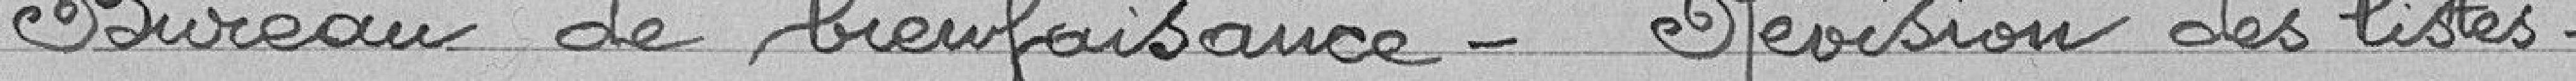
Bureau de bienfaisance - Révision des listes